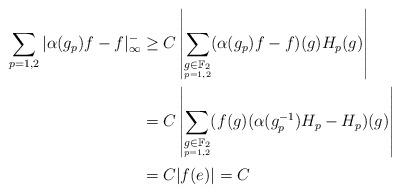
LaTeX: \begin{align*}\begin{aligned}\sum_{p = 1,2} |\alpha(g_p)f-f|_{\infty}^- &\ge C \left| \sum_{\underset{p = 1,2}{g \in {\mathbb F}_2}} (\alpha(g_p)f-f)(g)H_p(g)\right| \\&= C \left| \sum_{\underset{p = 1,2}{g \in {\mathbb F}_2}} (f(g)(\alpha(g_p^{-1})H_p-H_p)(g)\right| \\&= C|f(e)| = C\end{aligned}\end{align*}